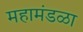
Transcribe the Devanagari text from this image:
महामंडळा